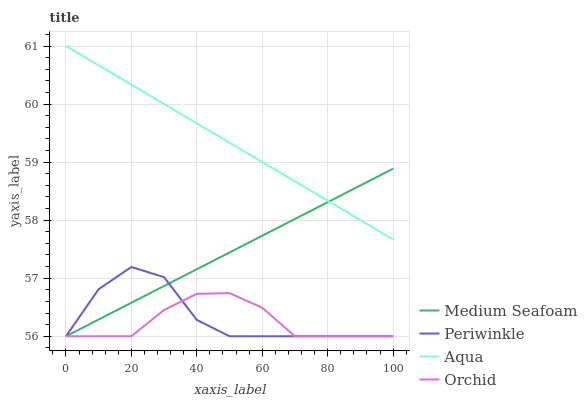
| xaxis_label | Medium Seafoam | Periwinkle | Aqua | Orchid |
 | --- | --- | --- | --- | --- |
 | 0 | 56 | 56 | 61 | 56 |
 | 10 | 56.3 | 56.8 | 60.7 | 56 |
 | 20 | 56.6 | 57.2 | 60.3 | 56 |
 | 30 | 56.9 | 57 | 60 | 56.5 |
 | 40 | 57.2 | 56.3 | 59.7 | 56.7 |
 | 50 | 57.4 | 56 | 59.3 | 56.7 |
 | 60 | 57.7 | 56 | 59 | 56.5 |
 | 70 | 58 | 56 | 58.7 | 56 |
 | 80 | 58.3 | 56 | 58.3 | 56 |
 | 90 | 58.6 | 56 | 58 | 56 |
 | 100 | 58.9 | 56 | 57.7 | 56 |